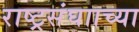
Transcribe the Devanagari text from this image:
राष्ट्रसंघााच्या